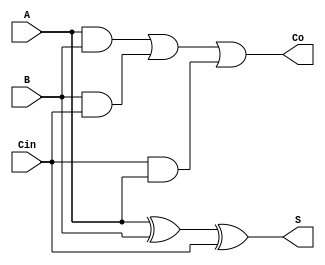
`timescale 1ns / 1ps
//////////////////////////////////////////////////////////////////////////////////
// Company: 
// Engineer: 
// 
// Design Name: 
// Module Name: compressors
// Project Name: 
// Target Devices: 
// Tool Versions: 
// Description: 
// 
// Dependencies: 
// 
// Revision:
// Revision 0.01 - File Created
// Additional Comments:
// 
//////////////////////////////////////////////////////////////////////////////////

//Exact Compressors: Full adder and Half adder



module fa( 
    input A, B, Cin,
    output S, Co    
    );
    
     xor xor1(S, A, B, Cin);     
     assign Co = (A & B) | (B & Cin) | (Cin & A);
    
endmodule

module ha(    
    input A,B,
    output S,C
    );
    
    xor x1(S,A,B);
    and x2(C,A,B);    
    
endmodule
    

//Approximate compressors

module compressor3_2(input [2:0]p, output [2:1]w); //  p2,p1,p0, output w1,w2);
    wire a1;
    and u1(a1 , p[0] , p[1]); //assign a1 = p0 & p1;
    or  u2(w[2] , a1 , p[2]);  //assign w2 = a1 | p2;
    or  u3(w[1] , p[0] , p[1]);  //assign w1 = p0 |p1;
endmodule

module compressor4_2(input [3:0]p, output [2:1]w);  // p3,p2,p1,p0, output w2,w1);
    wire a1,a2;
    and u1(a1 , p[0] , p[1]);     //assign a1 = p0 & p1;
    and u2(a2 , p[2] , p[3]);     //assign a2 = p2 & p3;
    or u3(w[2] , a1 , p[2] , p[3]); //assign w2 = a1 | p2 | p3;
    or u4(w[1] , a2 , p[0] , p[1]); //assign w1 = a2 | p0 | p1;
endmodule

module compressor5_3(input [4:0]p, output [3:1]w); //  p4,p3,p2,p1,p0, output w3,w2,w1);
    wire a1,a2;
    and u1(a1 , p[0] , p[1]);      //assign a1 = p0 & p1;
    and u2(a2 , p[2] , p[3]);      //assign a2 = p2 & p3;
    or u3(w[3] , p[0] , p[1]);       //assign w3 = p0 | p1;
    or u4(w[1] , a1 , p[2] , p[3]);  //assign w1 = a1 | p2 | p3;
    or u5(w[2] , a2 , p[4]);       //assign w2 = a2 | p4;
endmodule

module compressor6_3(input [5:0]p, output [3:1]w); //  p5,p4,p3,p2,p1,p0, output w3,w2,w1);
    wire a1,a2,a3;
    and u1(a1 , p[0] , p[1]);      //assign a1 = p0 & p1;
    and u2(a2 , p[2] , p[3]);      //assign a2 = p2 & p3;
    and u3(a3 , p[4] , p[5]);      //assign a3 = p4 & p5;
    or u4(w[1] , a1 , p[2] , p[3]);  //assign w1 = a1 | p2 | p3;
    or u5(w[3] , a2 , p[4] , p[5]);  //assign w3 = a2 | p4 | p5;
    or u6(w[2] , a3 , p[0] , p[1]);  //assign w2 = a3 | p0 | p1;
endmodule